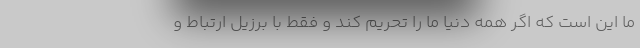
ما این است که اگر همه دنیا ما را تحریم کند و فقط با برزیل ارتباط و